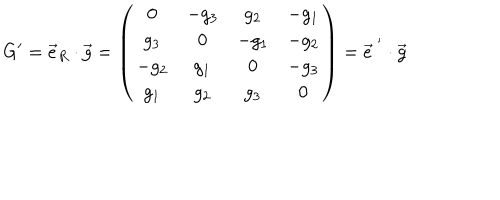
G ^ { \prime } = \vec { e } _ { R } \cdot \vec { g } = \left( \begin{array} { c c c c } { { 0 } } & { { - g _ { 3 } } } & { { g _ { 2 } } } & { { - g _ { 1 } } } \\ { { g _ { 3 } } } & { { 0 } } & { { - g _ { 1 } } } & { { - g _ { 2 } } } \\ { { - g _ { 2 } } } & { { g _ { 1 } } } & { { 0 } } & { { - g _ { 3 } } } \\ { { g _ { 1 } } } & { { g _ { 2 } } } & { { g _ { 3 } } } & { { 0 } } \\ \end{array} \right) = \vec { e } ^ { ~ ^ { \prime } } \cdot \vec { g }